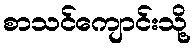
စာသင်ကျောင်းသို့